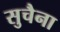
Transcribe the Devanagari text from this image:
सुचैना